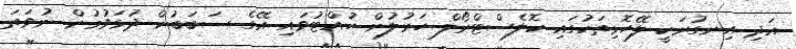
އަދި އިނގުރަކީ ލޭހޮޅިތަކުގައި ކޮލެސްޓްރޯލް ހަރުލުން ހުއްޓުވައި އޭގެ ސަބަބުން ދުޅަވުމުން ނުވަތަ